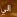
الي